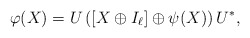
\begin{align*}\varphi(X) = U\left([X\oplus I_\ell] \oplus \psi(X)\right) U^*,\end{align*}